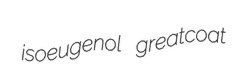
isoeugenol greatcoat